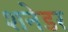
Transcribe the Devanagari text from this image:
शनेडर